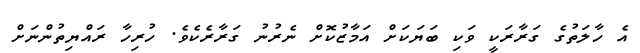
އެ ހާލަތުގެ ގަރާރަކީ ވަކި ބަޔަކަށް އަމާޒުކޮށް ނެރުނު ގަރާރެކެވެ. ހުރިހާ ރައްޔިތުންނަށް